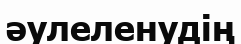
әулеленудің